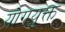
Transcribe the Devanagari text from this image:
योगयुक्त